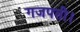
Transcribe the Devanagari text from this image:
गजपती।